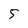
Character: 5